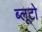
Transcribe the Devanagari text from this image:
ब्लूटो